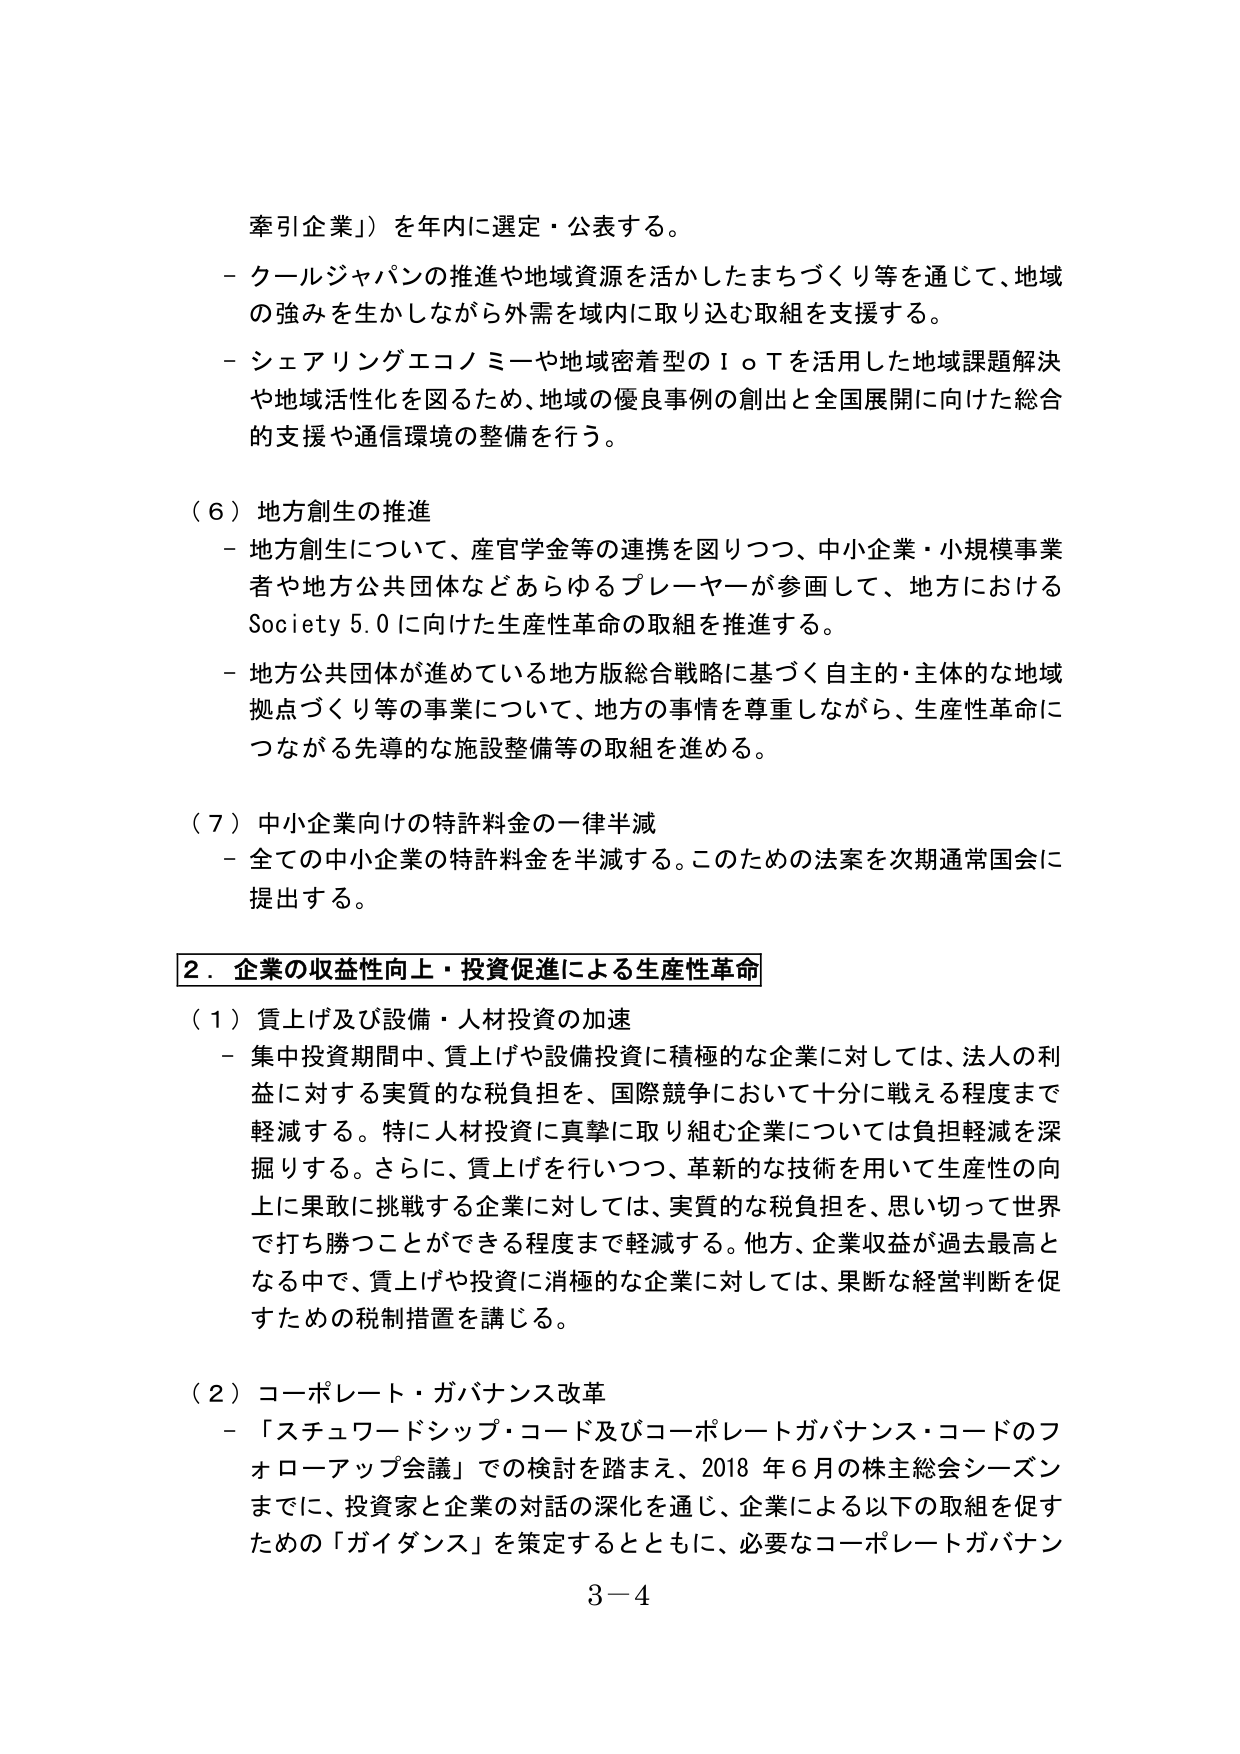
牽引企業」）を年内に選定・公表する。
－ クールジャパンの推進や地域資源を活かしたまちづくり等を通じて、地域
の強みを生かしながら外需を域内に取り込む取組を支援する。
－ シェアリングエコノミーや地域密着型のＩｏＴを活用した地域課題解決
や地域活性化を図るため、地域の優良事例の創出と全国展開に向けた総合
的支援や通信環境の整備を行う。

（６）地方創生の推進
－ 地方創生について、産官学金等の連携を図りつつ、中小企業・小規模事業
者や地方公共団体などあらゆるプレーヤーが参画して、地方における
Society 5.0 に向けた生産性革命の取組を推進する。
－ 地方公共団体が進めている地方版総合戦略に基づく自主的・主体的な地域
拠点づくり等の事業について、地方の事情を尊重しながら、生産性革命に
つながる先導的な施設整備等の取組を進める。

（７）中小企業向けの特許料金の一律半減
－ 全ての中小企業の特許料金を半減する。このための法案を次期通常国会に
提出する。

２．企業の収益性向上・投資促進による生産性革命
（１）賃上げ及び設備・人材投資の加速
－ 集中投資期間中、賃上げや設備投資に積極的な企業に対しては、法人の利
益に対する実質的な税負担を、国際競争において十分に戦える程度まで
軽減する。特に人材投資に真摯に取り組む企業については負担軽減を深
掘りする。さらに、賃上げを行いつつ、革新的な技術を用いて生産性の向
上に果敢に挑戦する企業に対しては、実質的な税負担を、思い切って世界
で打ち勝つことができる程度まで軽減する。他方、企業収益が過去最高と
なる中で、賃上げや投資に消極的な企業に対しては、果断な経営判断を促
すための税制措置を講じる。

（２）コーポレート・ガバナンス改革
－ 「スチュワードシップ・コード及びコーポレートガバナンス・コードのフ
ォローアップ会議」での検討を踏まえ、2018 年 6 月の株主総会シーズン
までに、投資家と企業の対話の深化を通じ、企業による以下の取組を促す
ための「ガイダンス」を策定するとともに、必要なコーポレートガバナン

3－4